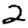
Digit: 2